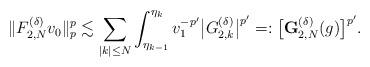
LaTeX: \begin{align*}\|{F}^{(\delta)}_{2,N}v_0\|_p^p\lesssim\sum_{|k|\le N}\int_{\eta_{k-1}}^{\eta_k}v_1^{-p'}\bigl|G_{2,k}^{(\delta)}\bigr|^{p'}=:\bigl[\mathbf{G}^{(\delta)}_{2,N}(g)\bigr]^{p'}.\end{align*}